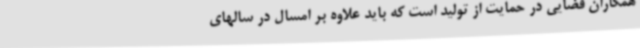
همکاران قضایی در حمایت از تولید است که باید علاوه بر امسال در سالهای